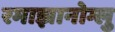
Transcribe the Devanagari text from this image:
रमाझानोग्लु